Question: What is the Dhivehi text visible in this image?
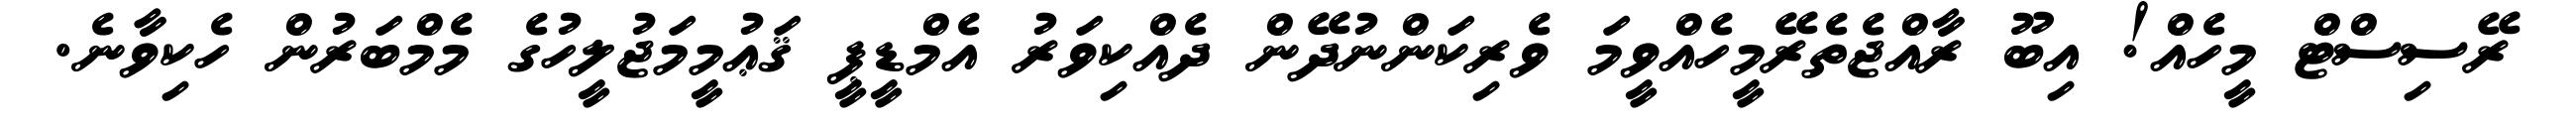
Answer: ރޭސިސްޓް މީހެއް! އިބޫ ރާއްޖެތެރޭމީހެއްވީމަ ވެރިކަންނުދޭން ދެއްކިވަރު އެމްޑީޕީ ޤަޢުމީމަޖުލީހުގެ މެމްބަރުން ހެކިވާނެ.